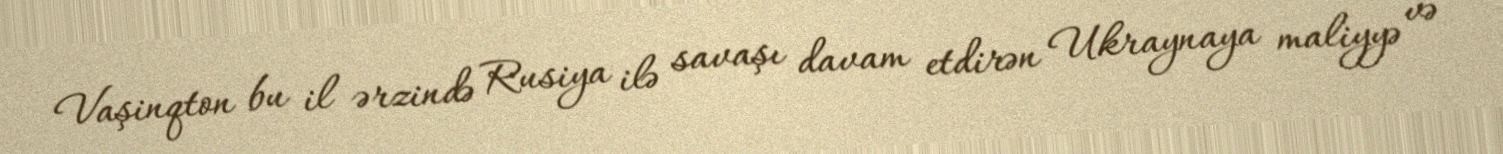
Vaşinqton bu il ərzində Rusiya ilə savaşı davam etdirən Ukraynaya maliyyə və